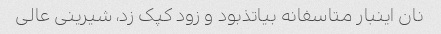
نان اینبار متاسفانه بیاتذبود و زود کپک زد، شیرینی عالی